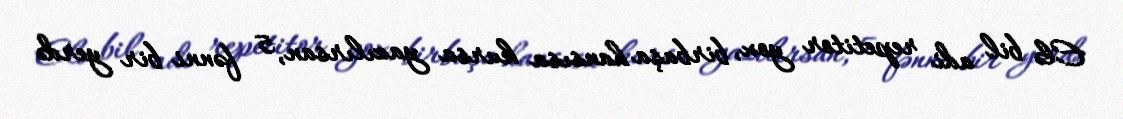
Elə bil adi repetitor yox, birbaşa hansısa kursa yazılırsan, 5 fənni bir yerdə